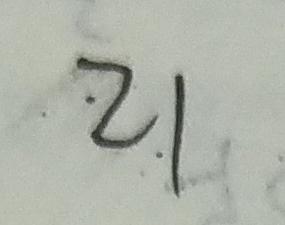
\cdot 2 1